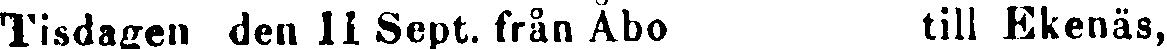
Tisdagen den II Sept. från Åbo till Ekenäs,